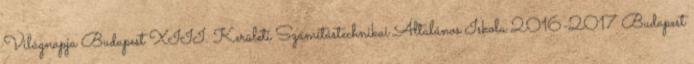
Világnapja Budapest XIII. Kerületi Számítástechnikai Általános Iskola 2016-2017 Budapest